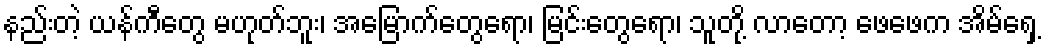
နည်းတဲ့ ယန်ကီတွေ မဟုတ်ဘူး၊ အမြောက်တွေရော၊ မြင်းတွေရော၊ သူတို့ လာတော့ ဖေဖေက အိမ်ရှေ့